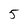
Character: 5